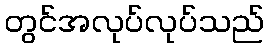
တွင်အလုပ်လုပ်သည်